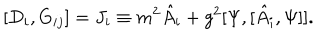
[ D _ { i } , G _ { i j } ] = J _ { i } \equiv m ^ { 2 } \hat { A } _ { i } + g ^ { 2 } [ \Psi , [ \hat { A } _ { i } , \Psi ] ] .